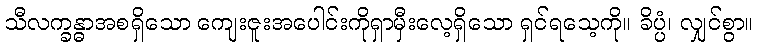
သီလက္ခန္ဓာအစရှိသော ကျေးဇူးအပေါင်းကိုရှာမှီးလေ့ရှိသော ရှင်ရသေ့ကို။ ခိပ္ပံ၊ လျှင်စွာ။